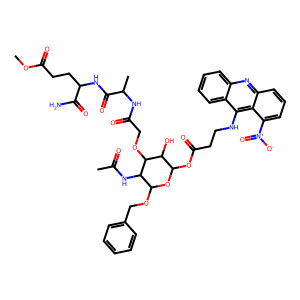
SMILES: COC(=O)CCC(NC(=O)C(C)NC(=O)COC1C(O)C(OC(=O)CCNc2c3ccccc3nc3cccc([N+](=O)[O-])c23)OC(OCc2ccccc2)C1NC(C)=O)C(N)=O
Inhibits HIV replication: No